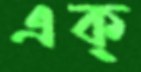
এক্